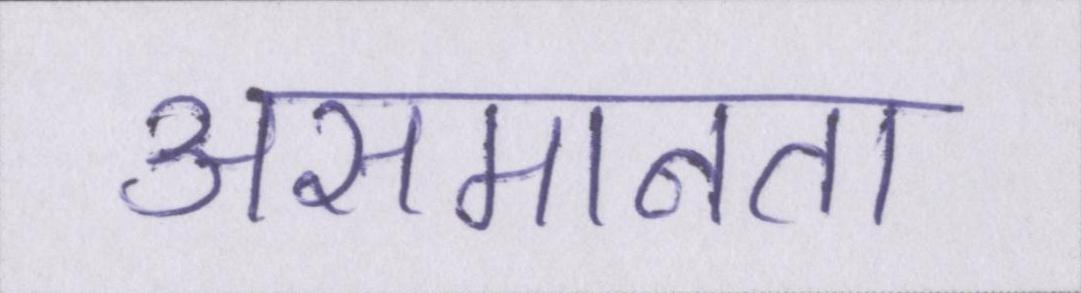
असमानता